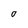
Character: O